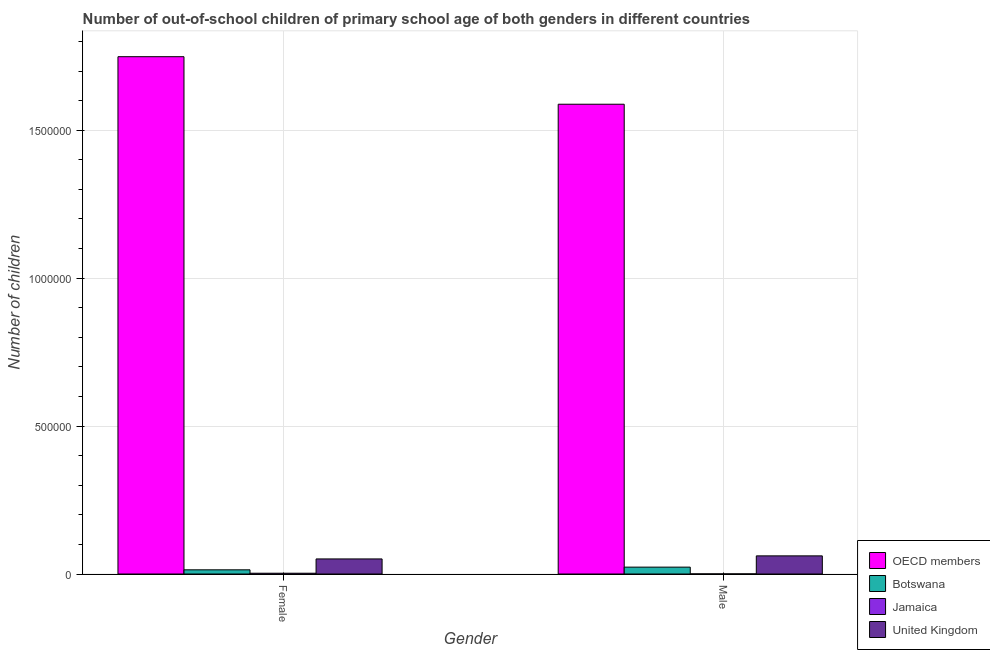
| Gender | OECD members | Botswana | Jamaica | United Kingdom |
 | --- | --- | --- | --- | --- |
 | Female | 1.75e+06 | 1.42e+04 | 2.62e+03 | 5.1e+04 |
 | Male | 1.59e+06 | 2.32e+04 | 343 | 6.13e+04 |